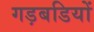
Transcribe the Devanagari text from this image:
गड़बडियों